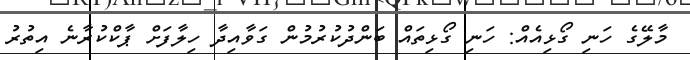
މާލޭގެ ހަނި ގޯޅިއެއް: ހަނި ގޯޅިތައް ބަންދުކުރުމުން ގަވާއިދާ ހިލާފަށް ޕާކްކުރާނެ އިތުރު